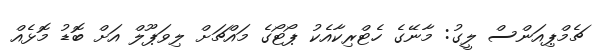
ޗެމްޕިއަންސް ލީގު: މާނޭގެ ހެޓްރިކާއެކު ޕޯޓޯގެ މައްޗަށް ލިވަޕޫލް އަށް ބޮޑު މޮޅެއް